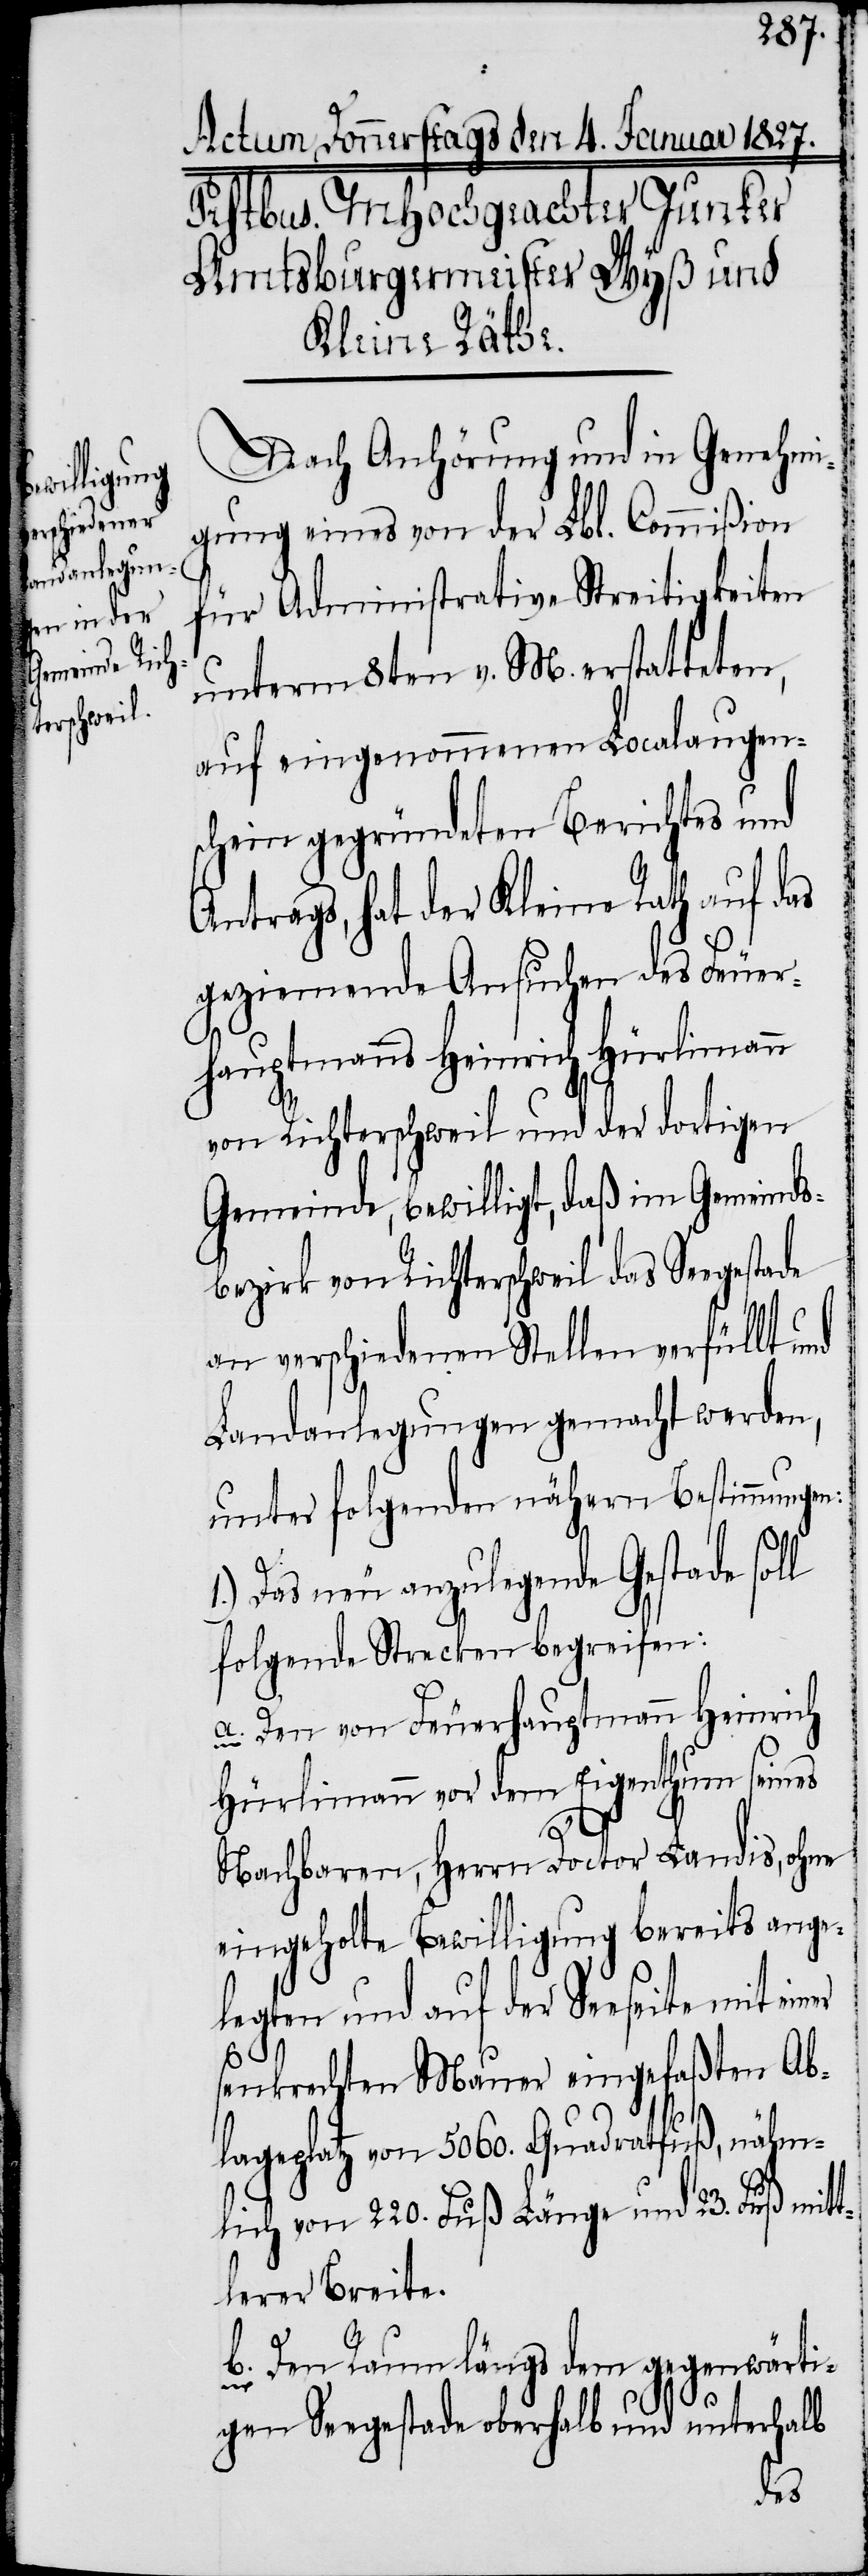
Nach Anhörung und in Genehmi¬
gung eines von der Lbl. Commißion
für Administrative Streitigkeiten
unterm 8ten v. M. erstatteten,
auf eingenommenen Localaugen¬
schein gegründeten Berichts und
Antrags, hat der Kleine Rath auf das
geziemende Ansuchen des Feuer¬
hauptmanns Heinrich Hürlimann
von Richterschweil und der dortigen
Gemeinde, bewilligt, daß im Gemeinds¬
bezirk von Richterschweil das Seegestade
an verschiedenen Stellen verfüllt und
Landanlegungen gemacht werden,
unter folgenden nähern Bestimmungen:
Das neu anzulegende Gestade soll
folgende Strecken begreifen:
a. Den von Feuerhauptmann Heinrich
Hürlimann vor dem Eigenthum seines
1.)
Nachbarn, Herrn Doctor Landis, ohne
eingehohlte Bewilligung bereits ange¬
legten und auf der Seeseite mit einer
senkrechten Mauer eingefaßten Ab¬
lageplatz von 5060. Quadratfuß, nähm¬
lich von 22. Fuß Länge und 23. Fuß mitt¬
lerer Breite.
b. Den Raum längs dem gegenwärti¬
gen Seegestade oberhalb und unterhalb